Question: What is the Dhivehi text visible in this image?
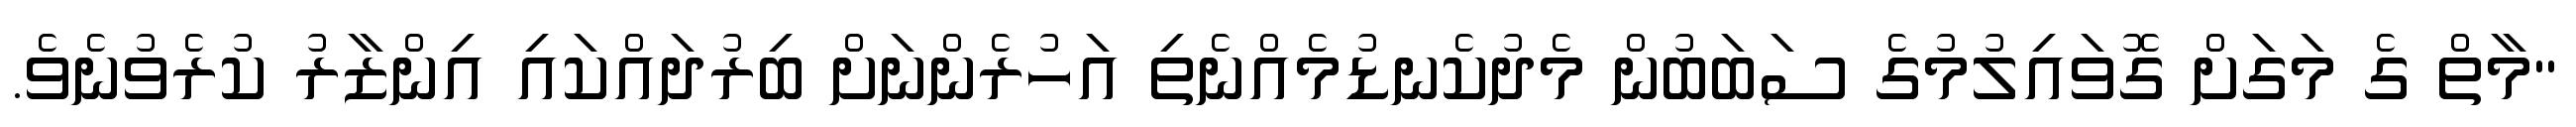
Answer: "މާތް ގެ މަގަށް ގޮވައިލުމުގެ ސަބަބުން މެދުކެނޑުމެއްނެތި އަހުރެންނަށް ބިރުދައްކައި އިންޒާރު ކުރެވުނެވެ.